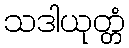
သဒါယုတ္တံ